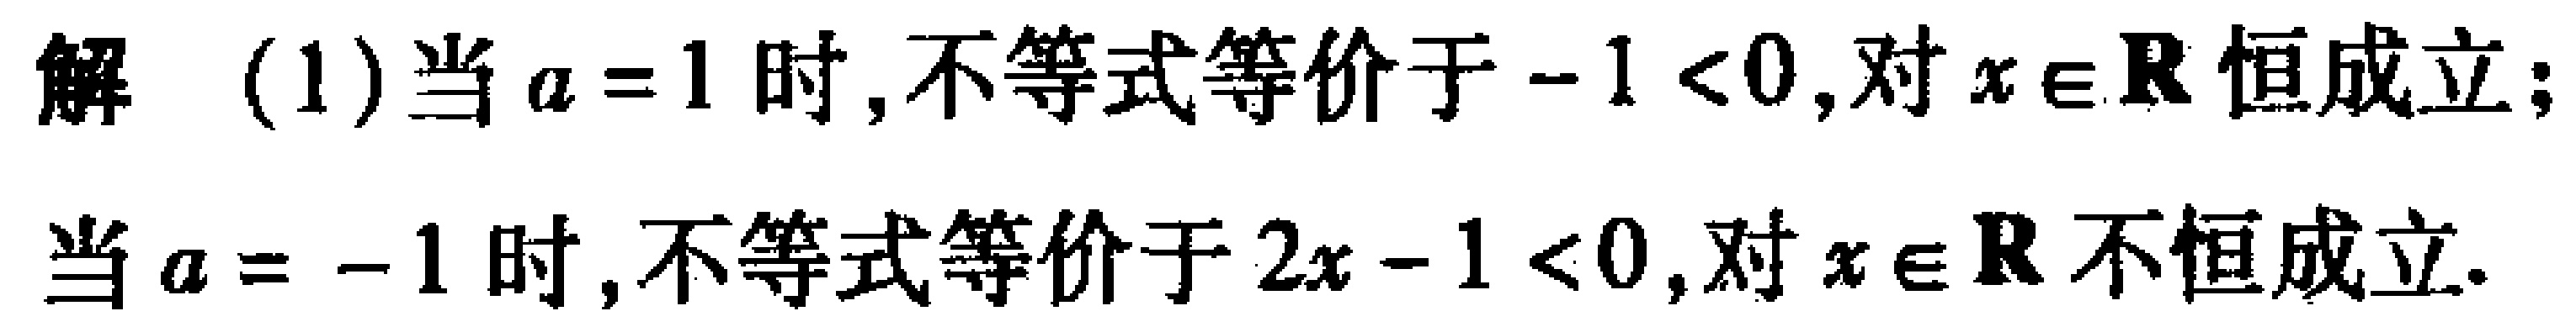
解 (1)当\(a = 1\)时,不等式等价于\(-1 < 0\),对\(x\in\mathbb{R}\)恒成立；

当\(a = - 1\)时,不等式等价于\(2x - 1 < 0\),对\(x\in\mathbb{R}\)不恒成立.